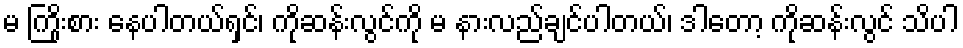
မ ကြိုးစား နေပါတယ်ရှင်၊ ကိုဆန်းလွင်ကို မ နားလည်ချင်ပါတယ်၊ ဒါတော့ ကိုဆန်းလွင် သိပါ